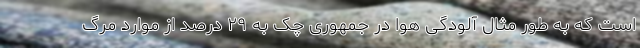
است که به طور مثال آلودگی هوا در جمهوری چک به ۲۹ درصد از موارد مرگ